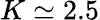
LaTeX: K\simeq 2.5